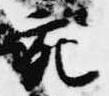
充